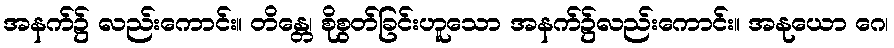
အနက်၌ လည်းကောင်း။ တိန္တေ၊ စိုစွတ်ခြင်းဟူသော အနက်၌လည်းကောင်း။ အနုယော ဂေ၊